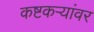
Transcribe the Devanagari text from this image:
कष्टकऱ्यांवर